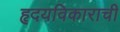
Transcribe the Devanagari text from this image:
हृदयविकाराची